Indian journal of veterinary science and animal husbandry - Volume 1,
Year: 1931
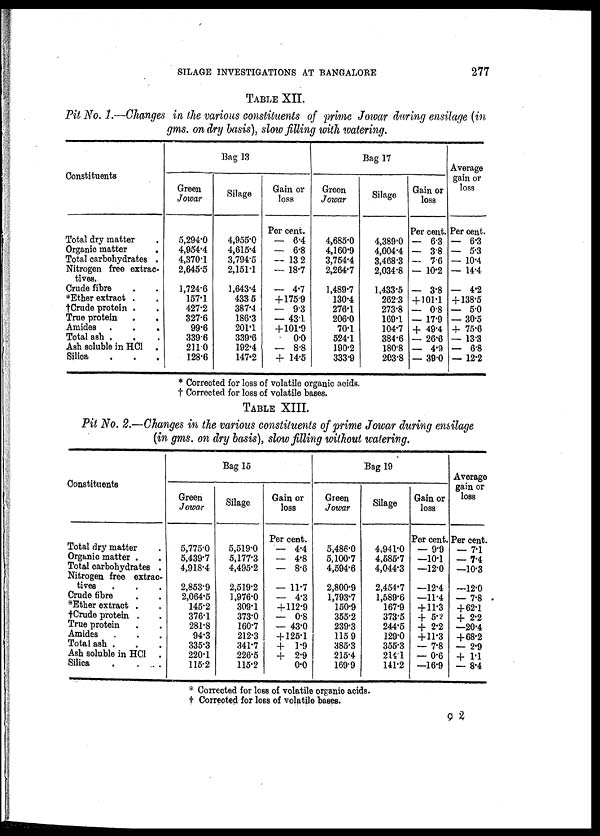
SILAGE INVESTIGATIONS AT BANGALORE
277
TABLE XII.
Pit No. 1.—Changes in the various constituents of prime Jowar during ensilage (in
gms. on dry basis), slow filling with watering.
Constituents
Total dry matter .
Organic matter
.
Total carbohydrates .
Nitrogen free extrac-
tives.
Crude fibre . .
*Ether extract . .
†Crude protein . .
True protein . .
Amides .
.
.
Total ash . . .
Ash soluble in HCl .
Silica . . .
Bag 13
Green
Jowar
5,294.0
4,954.4
4,370.1
2,645.5
1,724.6
157.1
427.2
327.6
99.6
339.6
211.0
128.6
Silage
4,955.0
4,615.4
3,794.5
2,151.1
1,643.4
433.5
387.4
186.3
201.1
339.6
192.4
147.2
Gain or
loss
Per cent.
— 6.4
— 6.8
— 13.2
— 18.7
— 4.7
+ 175.9
— 9.3
— 43.1
+ 101.9
0.0
— 8.8
+ 14.5
Bag 17
Green
Jowar
4,685.0
4,160.9
3,754.4
2,264.7
1,489.7
130.4
276.1
206.0
70.1
524.1
190.2
333.9
Silage
4,389.0
4,004.4
3,468.3
2,034.8
1,433.5
262.3
273.8
169.1
104.7
384.6
180.8
203.8
Gain or
loss
Per cent.
— 6.3
— 3.8
— 7.6
— 10.2
— 3.8
+ 101.1
— 0.8
— 17.9
+ 49.4
— 26.6
— 4.9
— 39.0
Average
gain or
loss
Per cent.
— 6.3
— 5.3
— 10.4
— 14.4
— 4.2
+ 138.5
— 5.0
— 30.5
+ 75.6
— 13.3
— 6.8
— 12.2
* Corrected for loss of volatile organic acids.
† Corrected for loss of volatile bases.
TABLE XIII.
Pit No. 2.—Changes in the various constituents of prime Jowar during ensilage
(in gms. on dry basis), slow filling without watering.
Constituents
Total dry matter .
Organic matter . .
Total carbohydrates .
Nitrogen free extrac-
tives . . .
Crude fibre . .
*Ether extract . .
†Crude protein . .
True protein . .
Amides . . .
Total ash . . .
Ash soluble in HCl .
Silica
.
. . .
Bag 15
Green
Jowar
5,775.0
5,439.7
4,918.4
2,853.9
2,064.5
145.2
376.1
281.8
94.3
335.3
220.1
115.2
Silage
5,519.0
5,177.3
4,495.2
2,519.2
1,976.0
309.1
373.0
160.7
212.3
341.7
226.5
115.2
Gain or
loss
Per cent.
— 4.4
— 4.8
— 8.6
— 11.7
— 4.3
+ 112.9
— 0.8
— 43.0
+ 125.1
+ 1.9
+ 2.9
0.0
Bag 19
Green
Jowar
5,486.0
5,100.7
4,594.6
2,800.9
1,793.7
150.9
355.2
239.3
115.9
385.3
215.4
169.9
Silage
4,941.0
4.585.7
4,044.3
2,454.7
1,589.6
167.9
373.5
244.5
129.0
355.3
214.1
141.2
Gain or
loss
Per cent.
— 9.9
—10.1
—12.0
—12.4
—11.4
+ 11.3
+ 5.2
+ 2.2
+ 11.3
— 7.8
— 0.6
—16.9
Average
gain or
loss
Per cent.
— 7.1
— 7.4
—10.3
—12.0
— 7.8
+62.1
+ 2.2
—20.4
+68.2
— 2.9
+ 1.1
— 8.4
* Corrected for loss of volatile organic acids.
† Corrected for loss of volatile bases.
C 2